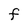
Character: F